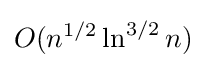
O(n^{1/2}\ln ^{3/2}n)